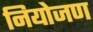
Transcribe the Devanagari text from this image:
नियोजण